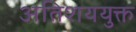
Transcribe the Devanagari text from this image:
अतिशययुक्त